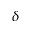
\delta